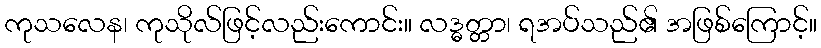
ကုသလေန၊ ကုသိုလ်ဖြင့်လည်းကောင်း။ လဒ္ဓတ္တာ၊ ရအပ်သည်၏ အဖြစ်ကြောင့်။